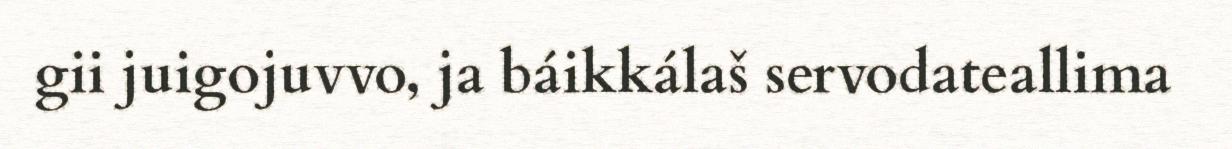
gii juigojuvvo, ja báikkálaš servodateallima